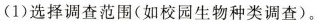
(1)选择调查范围(如校园生物种类调查)。